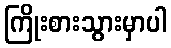
ကြိုးစားသွားမှာပါ